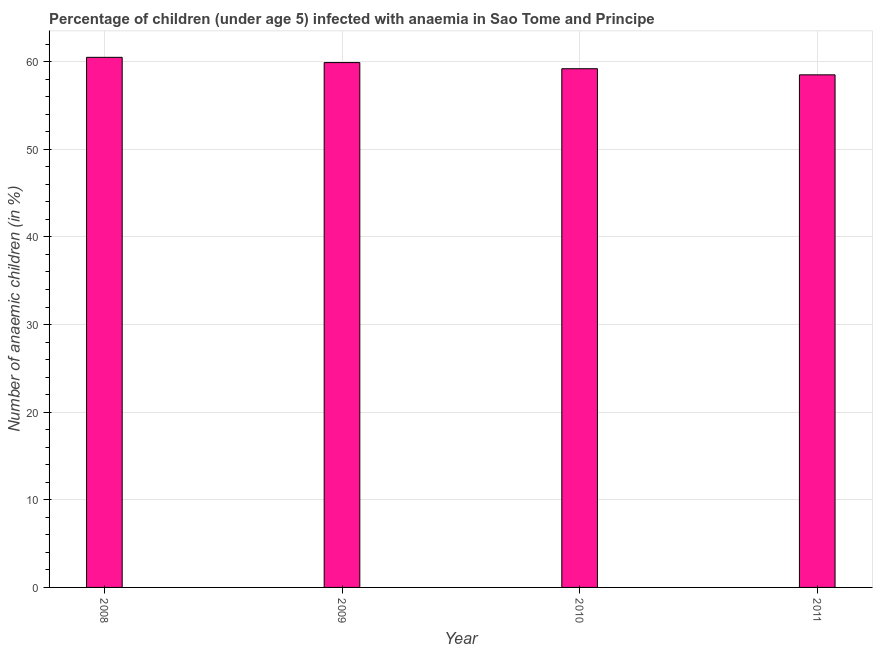
| Year | Prevalence of anemia among children |
 | --- | --- |
 | 2008 | 60.5 |
 | 2009 | 59.9 |
 | 2010 | 59.2 |
 | 2011 | 58.5 |